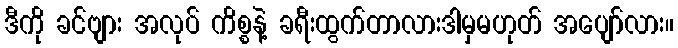
ဒီကို ခင်ဗျား အလုပ် ကိစ္စနဲ့ ခရီးထွက်တာလားဒါမှမဟုတ် အပျော်လား။